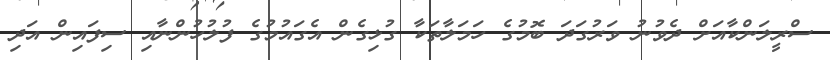
ސްރީލަންކާއަށް ދެވުނު ވަރުގަދަ ބޮމުގެ ހަމަލާތަކާ ގުޅިގެން އެގައުމުގެ ފުލުހުންނާއި ސިފައިން އަދި